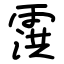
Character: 霟